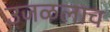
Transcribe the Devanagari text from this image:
उजळलाच